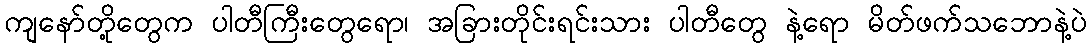
ကျနော်တို့တွေက ပါတီကြီးတွေရော၊ အခြားတိုင်းရင်းသား ပါတီတွေ နဲ့ရော မိတ်ဖက်သဘောနဲ့ပဲ